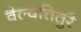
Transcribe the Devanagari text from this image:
वैल्वेत्तितुरै